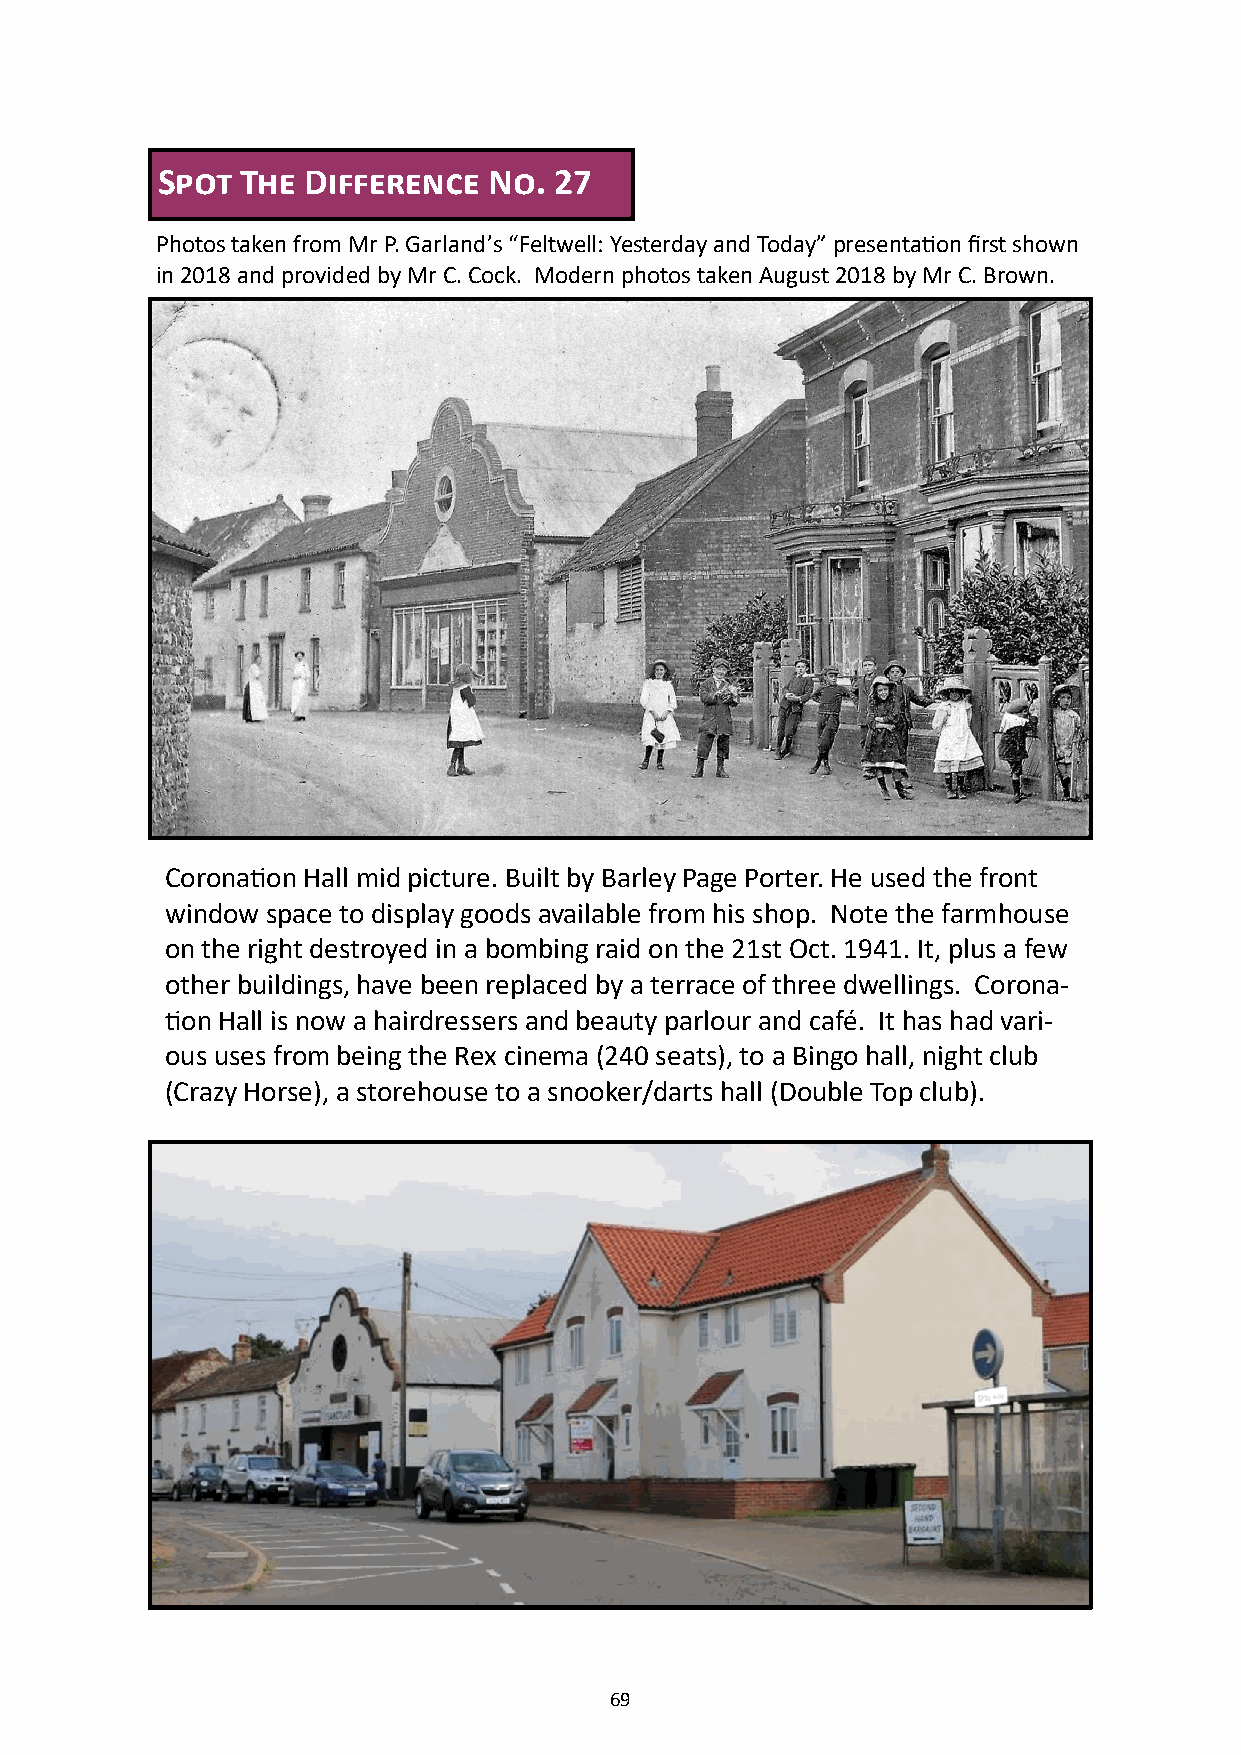
Spot  The Difference  No.  27
 Photos taken from Mr P. Garland’s “Feltwell: Yesterday and Today” presentation first shown
 in 2018 and provided by Mr C. Cock. Modern photos taken August 2018 by Mr C. Brown.
 Coronation Hall mid picture. Built by Barley Page Porter. He used the front
 window space to display goods available from his shop. Note the farmhouse
 on the right destroyed in a bombing raid on the 21st Oct. 1941. It, plus a few
 other buildings, have been replaced by a terrace of three dwellings. Corona-
 tion Hall is now a hairdressers and beauty parlour and café. It has had vari-
 ous uses from being the Rex cinema (240 seats), to a Bingo hall, night club
 (Crazy Horse), a storehouse to a snooker/darts hall (Double Top club).
 69